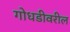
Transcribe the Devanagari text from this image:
गोधडीवरील